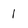
Character: 1